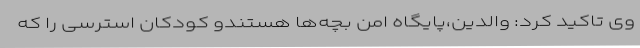
وی تاکید کرد: والدین،پایگاه امن بچه‌ها هستندو کودکان استرسی را که